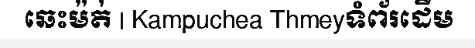
ឆេះម៉ត់ | Kampuchea Thmeyទំព័រដើម